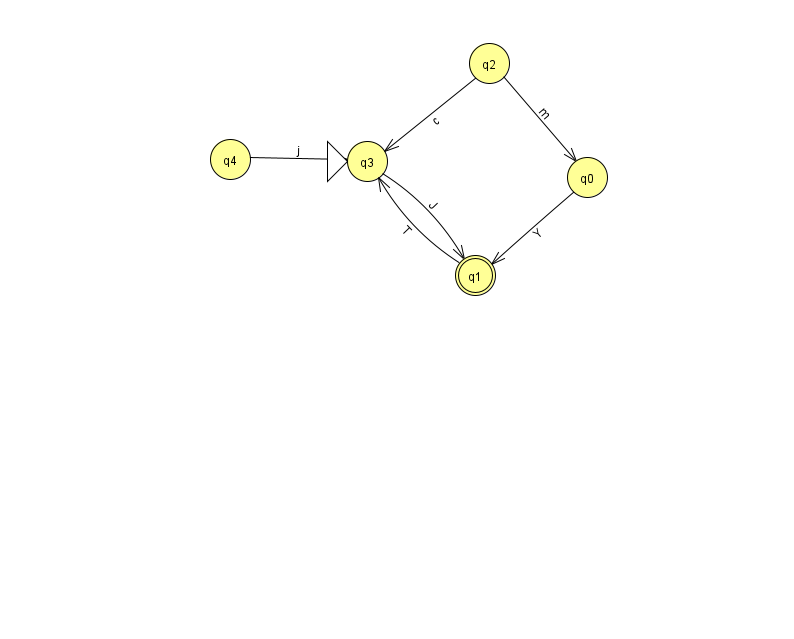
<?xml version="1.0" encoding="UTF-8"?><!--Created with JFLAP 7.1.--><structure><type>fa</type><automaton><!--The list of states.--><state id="0" name="q0"><x>587.0</x><y>164.0</y></state><state id="1" name="q1"><x>475.0</x><y>262.0</y><final/></state><state id="2" name="q2"><x>489.0</x><y>50.0</y></state><state id="3" name="q3"><x>367.0</x><y>148.0</y><initial/></state><state id="4" name="q4"><x>230.0</x><y>146.0</y></state><!--The list of transitions.--><transition><from>1</from><to>3</to><read>T</read></transition><transition><from>2</from><to>3</to><read>c</read></transition><transition><from>3</from><to>1</to><read>J</read></transition><transition><from>4</from><to>3</to><read>j</read></transition><transition><from>0</from><to>1</to><read>Y</read></transition><transition><from>2</from><to>0</to><read>m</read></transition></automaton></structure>